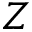
Z